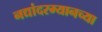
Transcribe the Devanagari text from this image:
नद्यांदरम्यानच्या